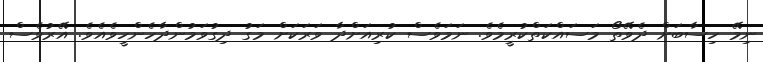
ނިމޭ ހިސާބަށް ދެވޭތޯ މަސައްކަތްކުރީމެވެ. ނަމަވެސް ކުރިއަށްދާ ވަރަކަށް މަގު ދިގުވަމުންދާހެންހީވެއެވެ. އޭރުވެސް